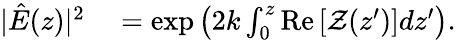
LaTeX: \begin{array}{rl}{|\hat{E}(z)|^{2}}&{{}=\exp\left(2k\int_{0}^{z}\mathrm{Re}\left[\mathcal{Z}(z^{\prime})\right]dz^{\prime}\right).}\end{array}